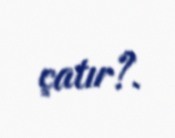
çatır?.